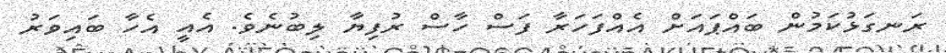
ރަނގަޅުކަމުން ބައްޕައަށް އެއްފަހަރާ ފަސް ހާސް ރުފިޔާ ލިބުނެވެ. އެއީ އެހާ ބައިވަރު